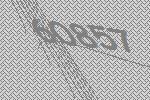
60857